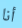
أنا